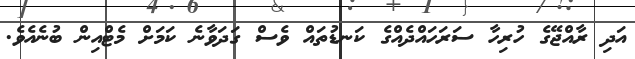
އަދި ރާއްޖޭގެ ހުރިހާ ސަރަހައްދެއްގެ ކަނޑުތައް ވެސް ގަދަވާނެ ކަމަށް މެޓްއިން ބުނެއެވެ.